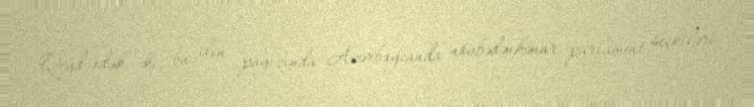
Qeyd edək ki, bu ilin payızında Azərbaycanda növbədənkənar parlament seçkiləri